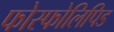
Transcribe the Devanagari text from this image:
फोस्फोलिपिड